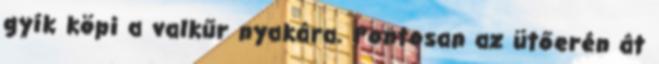
gyík köpi a valkűr nyakára. Pontosan az ütőerén át